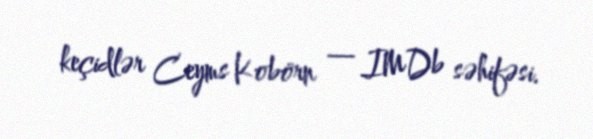
keçidlər Ceyms Kobörn — IMDb səhifəsi.